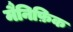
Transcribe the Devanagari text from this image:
मैनिफ़िक